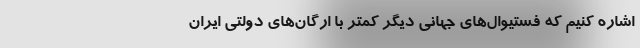
اشاره کنیم که فستیوال‌های جهانی دیگر کمتر با ارگان‌های دولتی ایران